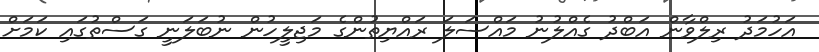
އަހުމަދު ރިލްވާން އަބްދު ގެއްލުނު މައްސަލަ ރައްޔިތުންގެ މަޖިލީހުން ނުބަލަނީ ގަސްތުގައި ކަމަށް